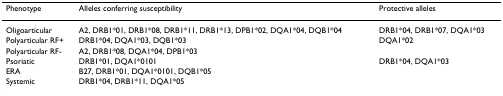
<table><thead><tr><td><b>Phenotype</b></td><td><b>Alleles conferring susceptibility</b></td><td><b>Protective alleles</b></td></tr></thead><tbody><tr><td>Oligoarticular</td><td>A2, DRB1*01, DRB1*08, DRB1*11, DRB1*13, DPB1*02, DQA1*04, DQB1*04</td><td>DRB1*04, DRB1*07, DQA1*03</td></tr><tr><td>Polyarticular RF+</td><td>DRB1*04, DQA1*03, DQB1*03</td><td>DQA1*02</td></tr><tr><td>Polyarticular RF-</td><td>A2, DRB1*08, DQA1*04, DPB1*03</td><td></td></tr><tr><td>Psoriatic</td><td>DRB1*01, DQA1*0101</td><td>DRB1*04, DQA1*03</td></tr><tr><td>ERA</td><td>B27, DRB1*01, DQA1*0101, DQB1*05</td><td></td></tr><tr><td>Systemic</td><td>DRB1*04, DRB1*11, DQA1*05</td><td></td></tr></tbody></table>